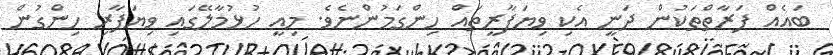
ބައެއް ފަރާތްތަކުން ދަނީ އެކި ވިޔަފާރީތައް ހިންގަމުންނެވެ. މިއީ ހުޅުމާލޭގައި ވިޔަފާރި ހިންގުން